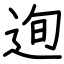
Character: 迿